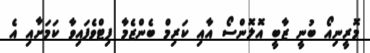
މޮރީނިއޯ ބުނީ ޒާބީ އޮލޮންސޯ އާއި ކަރިމް ބެންޒެމާ ފިޓްވެފައިވާ ކަމަށާއި އެ